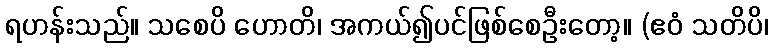
ရဟန်းသည်။ သစေပိ ဟောတိ၊ အကယ်၍ပင်ဖြစ်စေဦးတော့။ (ဧဝံ သတိပိ၊